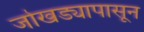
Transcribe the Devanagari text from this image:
जोखड्यापासून